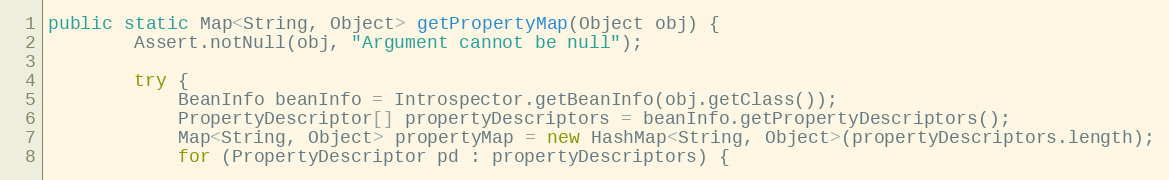
Language: Java
public static Map<String, Object> getPropertyMap(Object obj) {
        Assert.notNull(obj, "Argument cannot be null");

        try {
            BeanInfo beanInfo = Introspector.getBeanInfo(obj.getClass());
            PropertyDescriptor[] propertyDescriptors = beanInfo.getPropertyDescriptors();
            Map<String, Object> propertyMap = new HashMap<String, Object>(propertyDescriptors.length);
            for (PropertyDescriptor pd : propertyDescriptors) {